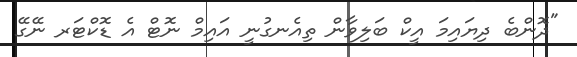
"ދޮންބެ ދިޔައިމަ އީކް ބަލިވާން ތިއެނގުނީ އައިމް ނޮޓް އެ ޑޮކްޓަރ ނޭގޭ